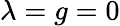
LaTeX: \lambda=g=0